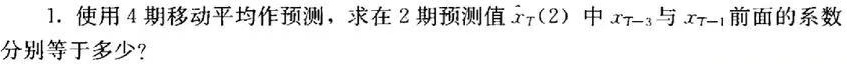
1. 使用4期移动平均作预测，求在2期预测值$\hat{x}_T(2)$中$x_{T - 3}$与$x_{T - 1}$前面的系数分别等于多少？